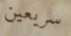
سريعين